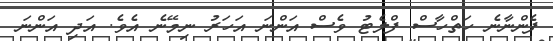
ފެންނާނެ ހަތްހާސް ފްލެޓު ވެސް އަންނަ އަަހަރު ނިމޭނެ އެވެ. އަދި އަންނަ